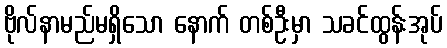
ဗိုလ်နာမည်မရှိသော နောက် တစ်ဦးမှာ သခင်ထွန်းအုပ်